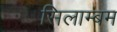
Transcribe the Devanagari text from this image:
सिलाम्बम